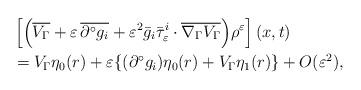
LaTeX: \begin{align*} &\left[\Bigl(\overline{V_\Gamma}+\varepsilon\,\overline{\partial^\circ g_i}+\varepsilon^2\bar{g}_i\bar{\tau}_\varepsilon^i\cdot\overline{\nabla_\Gamma V_\Gamma}\Bigr)\rho^\varepsilon\right](x,t) \\ &= V_\Gamma\eta_0(r)+\varepsilon\{(\partial^\circ g_i)\eta_0(r)+V_\Gamma\eta_1(r)\}+O(\varepsilon^2),\end{align*}